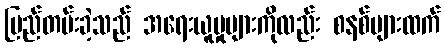
မြည်တမ်းခဲ့သည် အရေးယူမှုများကိုလည်း စနစ်များထက်